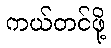
ကယ်တင်ဖို့